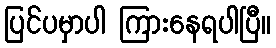
ပြင်ပမှာပါ ကြားနေရပါပြီ။